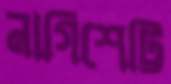
নাগিশেট্টি